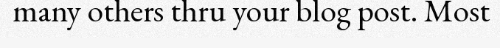
many others thru your blog post. Most